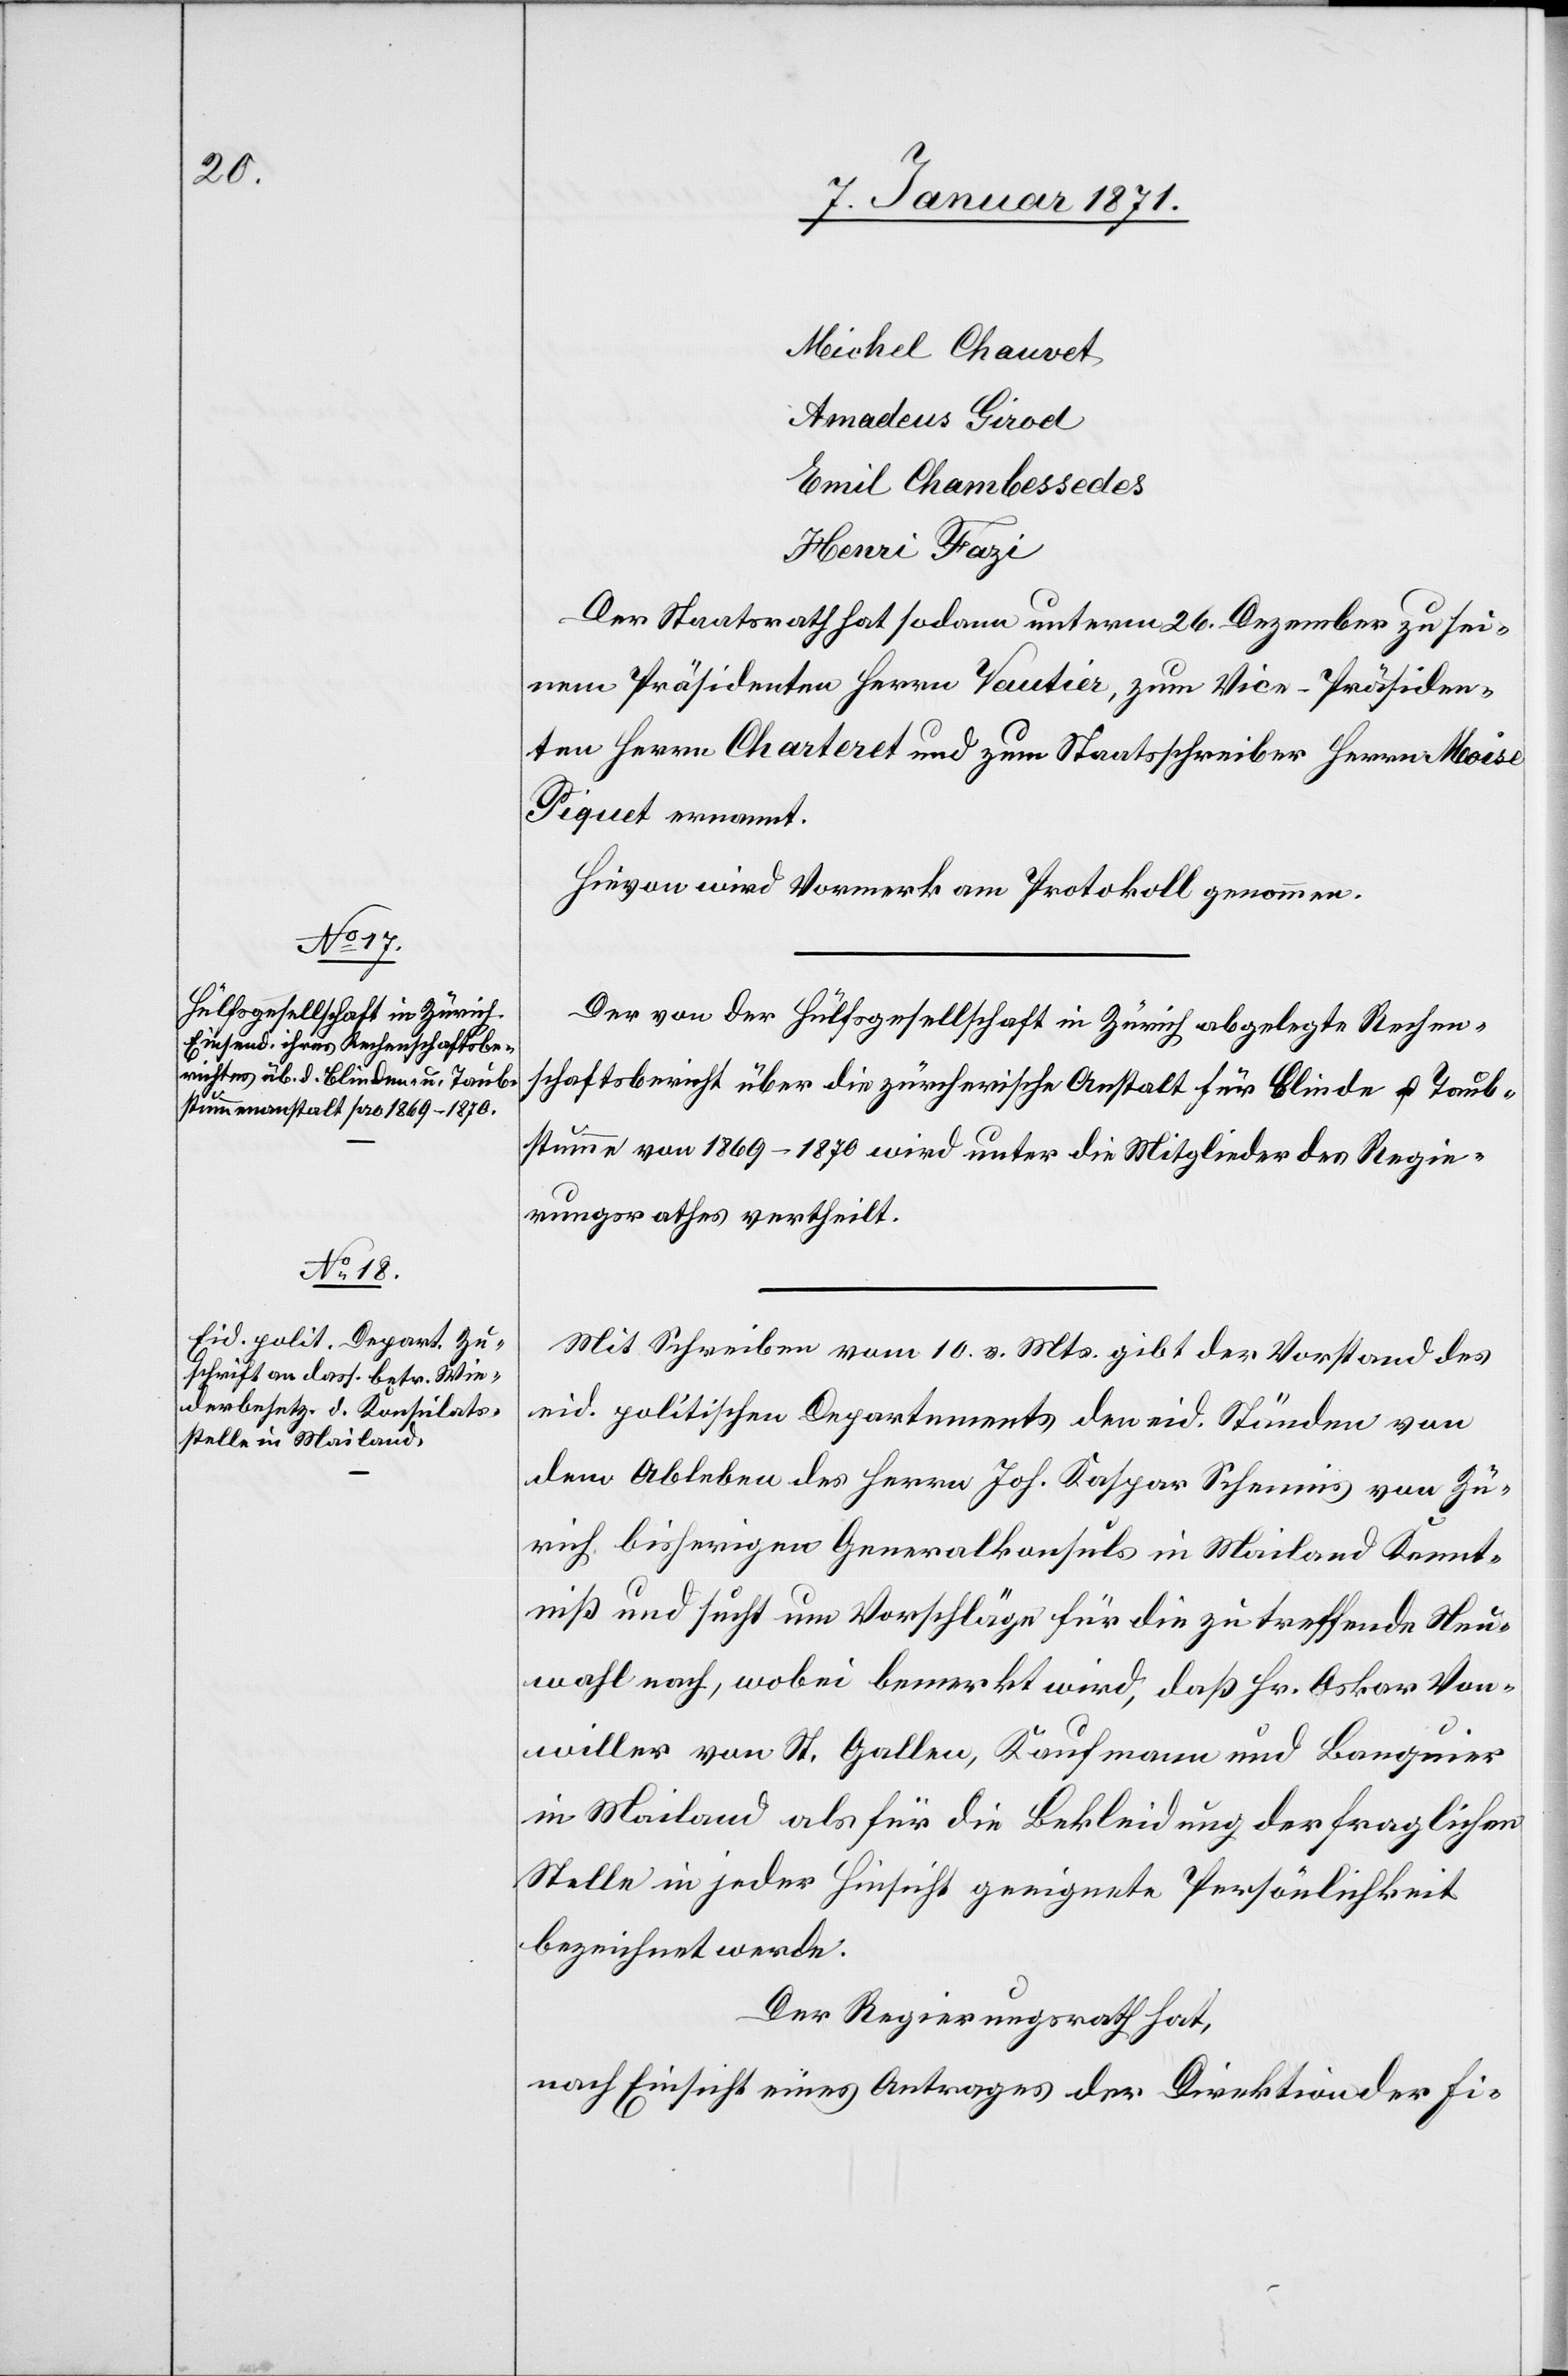
Michel Chauvet
Amadeus Girod
Emil Chambessedes
Henri Fazi
Der Staatsrath hat sodann unterm 26. Dezember zu sei¬
nem Präsidenten Herrn Vautier, zum Vice-Präsiden¬
ten Herrn Charteret [sic!] und zum Staatsschreiber Herrn Moise
Piquet ernannt.
Hievon wird Vormerk am Protokoll genommen.
Der von der Hülfsgesellschaft in Zürich abgelegte Rechen¬
schaftsbericht über die zürcherische Anstalt für Blinde u. Taub¬
stumme von 1869–1870 wird unter die Mitglieder des Regie¬
rungsrathes vertheilt.
Mit Schreiben vom 10. v. Mts. gibt der Vorstand des
eid. politischen Departements den eid. Ständen von
dem Ableben des Herren. Joh. Kaspar Schennis von Zü¬
rich bisherigen Generalkonsuls in Mailand Kennt¬
niß und sucht um Vorschläge für die zu treffende Neu¬
wahl nach, wobei bemerkt wird, daß Hr. Oskar Von¬
willer von St. Gallen, Kaufmann und Banquier
in Mailand als für die Bekleidung der fraglichen
Stelle in jeder Hinsicht geeignete Persönlichkeit
bezeichnet werde.
Der Regierungsrath hat,
nach Einsicht eines Antrages der Direktion der Fi-